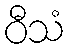
ဝီသံ